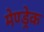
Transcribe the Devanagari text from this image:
मेण्ड्रेक